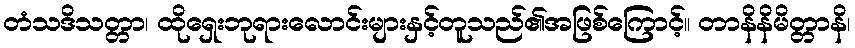
တံသဒိသတ္တာ၊ ထိုရှေးဘုရားလောင်းများနှင့်တူသည်၏အဖြစ်ကြောင့်။ တာနိနိမိတ္တာနိ၊